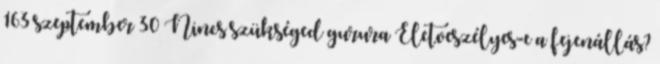
163 szeptember 30 Nincs szükséged gurura Életveszélyes-e a fejenállás?